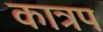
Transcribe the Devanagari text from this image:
कात्रप